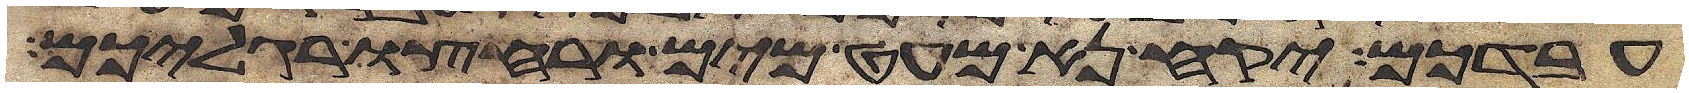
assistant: עבדכם יקח נא מעט מים ורחצו רגליכם